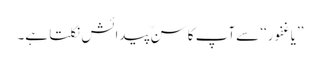
’’یاغفور‘‘ سےآپ کا سنِّ پیدائش نکلتا ہے۔